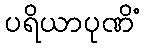
ပရိယာပုဏိံ